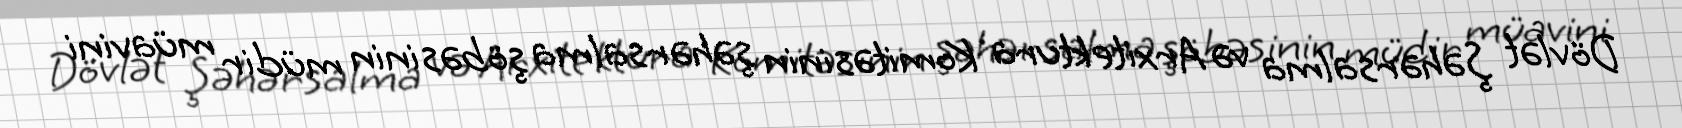
Dövlət Şəhərsalma və Arxitektura Komitəsinin şəhərsalma şöbəsinin müdir müavini